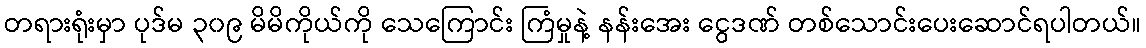
တရားရုံးမှာ ပုဒ်မ ၃၀၉ မိမိကိုယ်ကို သေကြောင်း ကြံမှုနဲ့ နန်းအေး ငွေဒဏ် တစ်သောင်းပေးဆောင်ရပါတယ်။